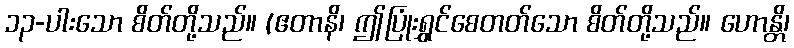
၁၃-ပါးသော စိတ်တို့သည်။ (ဧတာနိ၊ ဤပြုံးရွှင်စေတတ်သော စိတ်တို့သည်။ ဟောန္တိ၊